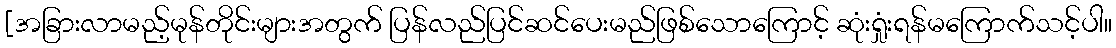
[အခြားလာမည့်မုန်တိုင်းများအတွက် ပြန်လည်ပြင်ဆင်ပေးမည်ဖြစ်သောကြောင့် ဆုံးရှုံးရန်မကြောက်သင့်ပါ။